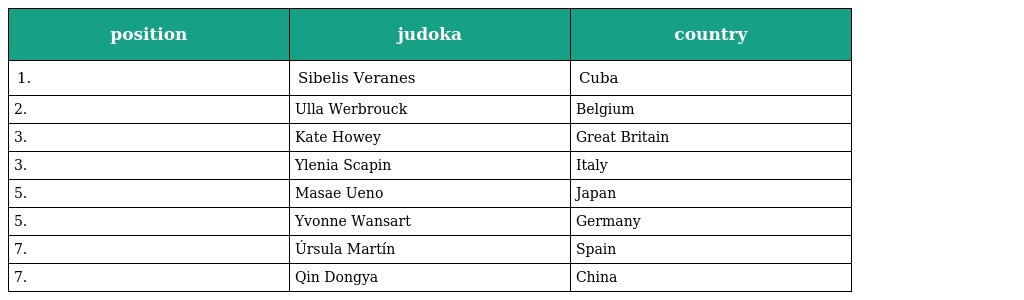
| position | judoka | country |
 | --- | --- | --- |
 | 1. | Sibelis Veranes | Cuba |
 | 2. | Ulla Werbrouck | Belgium |
 | 3. | Kate Howey | Great Britain |
 | 3. | Ylenia Scapin | Italy |
 | 5. | Masae Ueno | Japan |
 | 5. | Yvonne Wansart | Germany |
 | 7. | Úrsula Martín | Spain |
 | 7. | Qin Dongya | China |